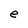
Character: e